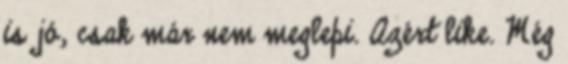
is jó, csak már nem meglepi. Azért like. Még